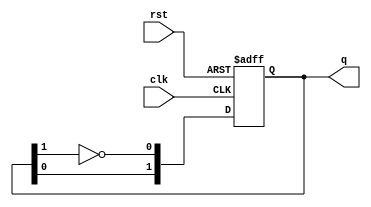
module dual_stage_johnson_counter (
    input wire clk,     // Clock input
    input wire rst,     // Reset input
    output reg [1:0] q // 2-bit output representing the state
);

// Sequential logic for the Johnson counter
always @(posedge clk or posedge rst) begin
    if (rst) begin
        // Reset both flip-flops to 0
        q <= 2'b00;
    end else begin
        // Johnson counter state transition
        q[1] <= q[0];        // Shift Q1 to Q2
        q[0] <= ~q[1];       // Inverted Q2 to Q1
    end
end

endmodule